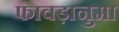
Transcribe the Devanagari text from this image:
फावड़ानुमा